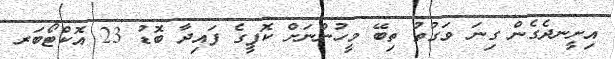
އިށީނދެގެން ގިނަ ވަގުތު ތިބޭ މީހުންނަށް ކޮފީގެ ފައިދާ ބޮޑު 23 އޮކްޓޯބަރ